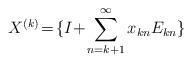
LaTeX: \begin{align*}X^{(k)}\!=\!\{I\!+\!\sum_{n=k+1}^\infty x_{kn}E_{kn}\}\end{align*}